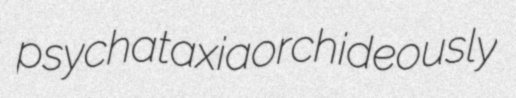
psychataxia orchideously